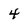
Character: 4